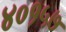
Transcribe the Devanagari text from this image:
४०१५७